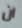
ان